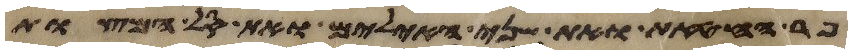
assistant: פר החטאת ואת שני האילים ואת סל המצות